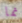
نما